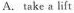
A.take a lift